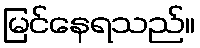
မြင်နေရသည်။